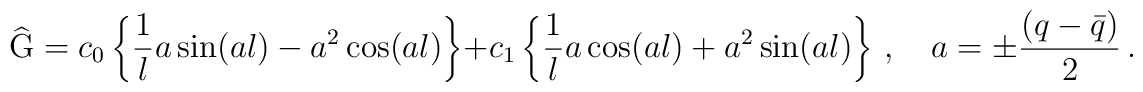
\widehat{\mbox{G}}=c_0\left\{\frac{1}{l}a\sin(al)-a^2\cos(al)\right\}+c_1\left\{\frac{1}{l}a\cos(al)+a^2\sin(al)\right\}\,,\quad a=\pm \frac{(q - \bar{q})}{2}\,.